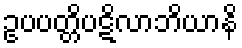
ဥပပတ္တိပဋိလာဘိယာနိ